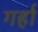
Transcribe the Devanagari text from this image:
गर्हा